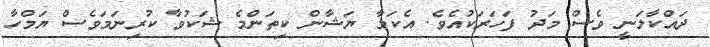
ދައްކާލަނީ ވެސް މަދު ފަހަރަކުއެވެ. އެކަމާ ޔަޝާން ކިތަންމެ ޝަކުވާ ކުރިނަމަވެސް ޔަމްހާ